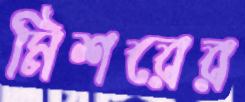
মিশরের